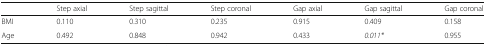
<table><thead><tr><td></td><td><b>Step axial</b></td><td><b>Step sagittal</b></td><td><b>Step coronal</b></td><td><b>Gap axial</b></td><td><b>Gap sagittal</b></td><td><b>Gap coronal</b></td></tr></thead><tbody><tr><td>BMI</td><td>0.110</td><td>0.310</td><td>0.235</td><td>0.915</td><td>0.409</td><td>0.158</td></tr><tr><td>Age</td><td>0.492</td><td>0.848</td><td>0.942</td><td>0.433</td><td><i>0.011*</i></td><td>0.955</td></tr></tbody></table>